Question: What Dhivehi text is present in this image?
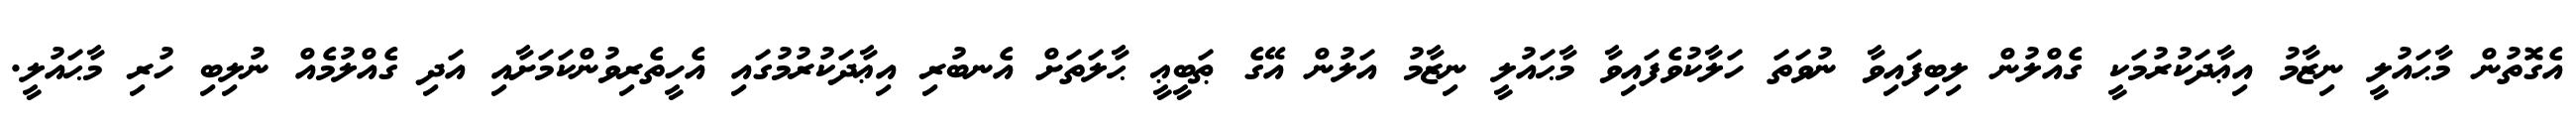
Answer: އެގޮތުން މާޙައުލީ ނިޒާމު އިޢާދަކުރުމަކީ ގެއްލުން ލިބިފައިވާ ނުވަތަ ހަލާކުވެފައިވާ މާޙައުލީ ނިޒާމު އަލުން އޭގެ ޠަބީޢީ ޙާލަތަށް އެނބުރި އިޢާދަކުރުމުގައި އެހީތެރިވުންކަމަށާއި އަދި ގެއްލުމެއް ނުލިބި ހުރި މާޙައުލީ.